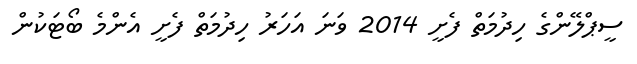
ސީޕްލޭންގެ ހިދުމަތް ފެށީ 2014 ވަނަ އަހަރު ހިދުމަތް ފެށީ އެންމެ ބޯޓަކުން